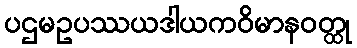
ပဌမဥပဿယဒါယကဝိမာနဝတ္ထု